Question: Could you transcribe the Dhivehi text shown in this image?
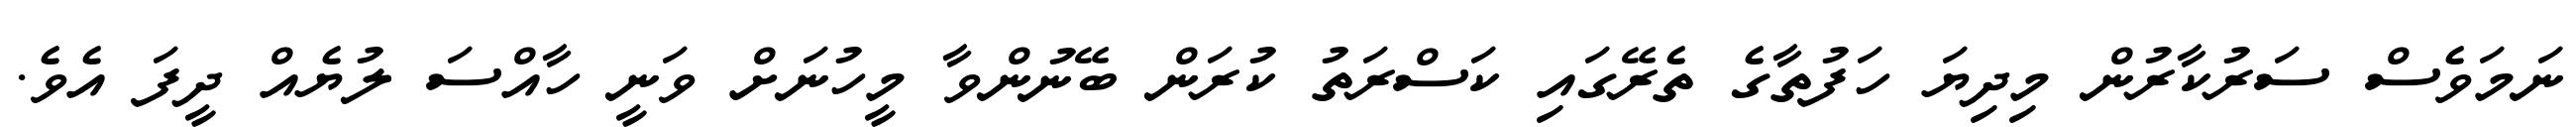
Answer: ނަމަވެސް ސަރުކާރުން މިދިޔަ ހަފުތާގެ ތެރޭގައި ކަސްރަތު ކުރަން ބޭނުންވާ މީހުނަށް ވަނީ ހާއްސަ ލުޔެއް ދީފަ އެވެ.